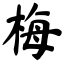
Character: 梅